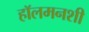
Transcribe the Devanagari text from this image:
हॉलमनशी